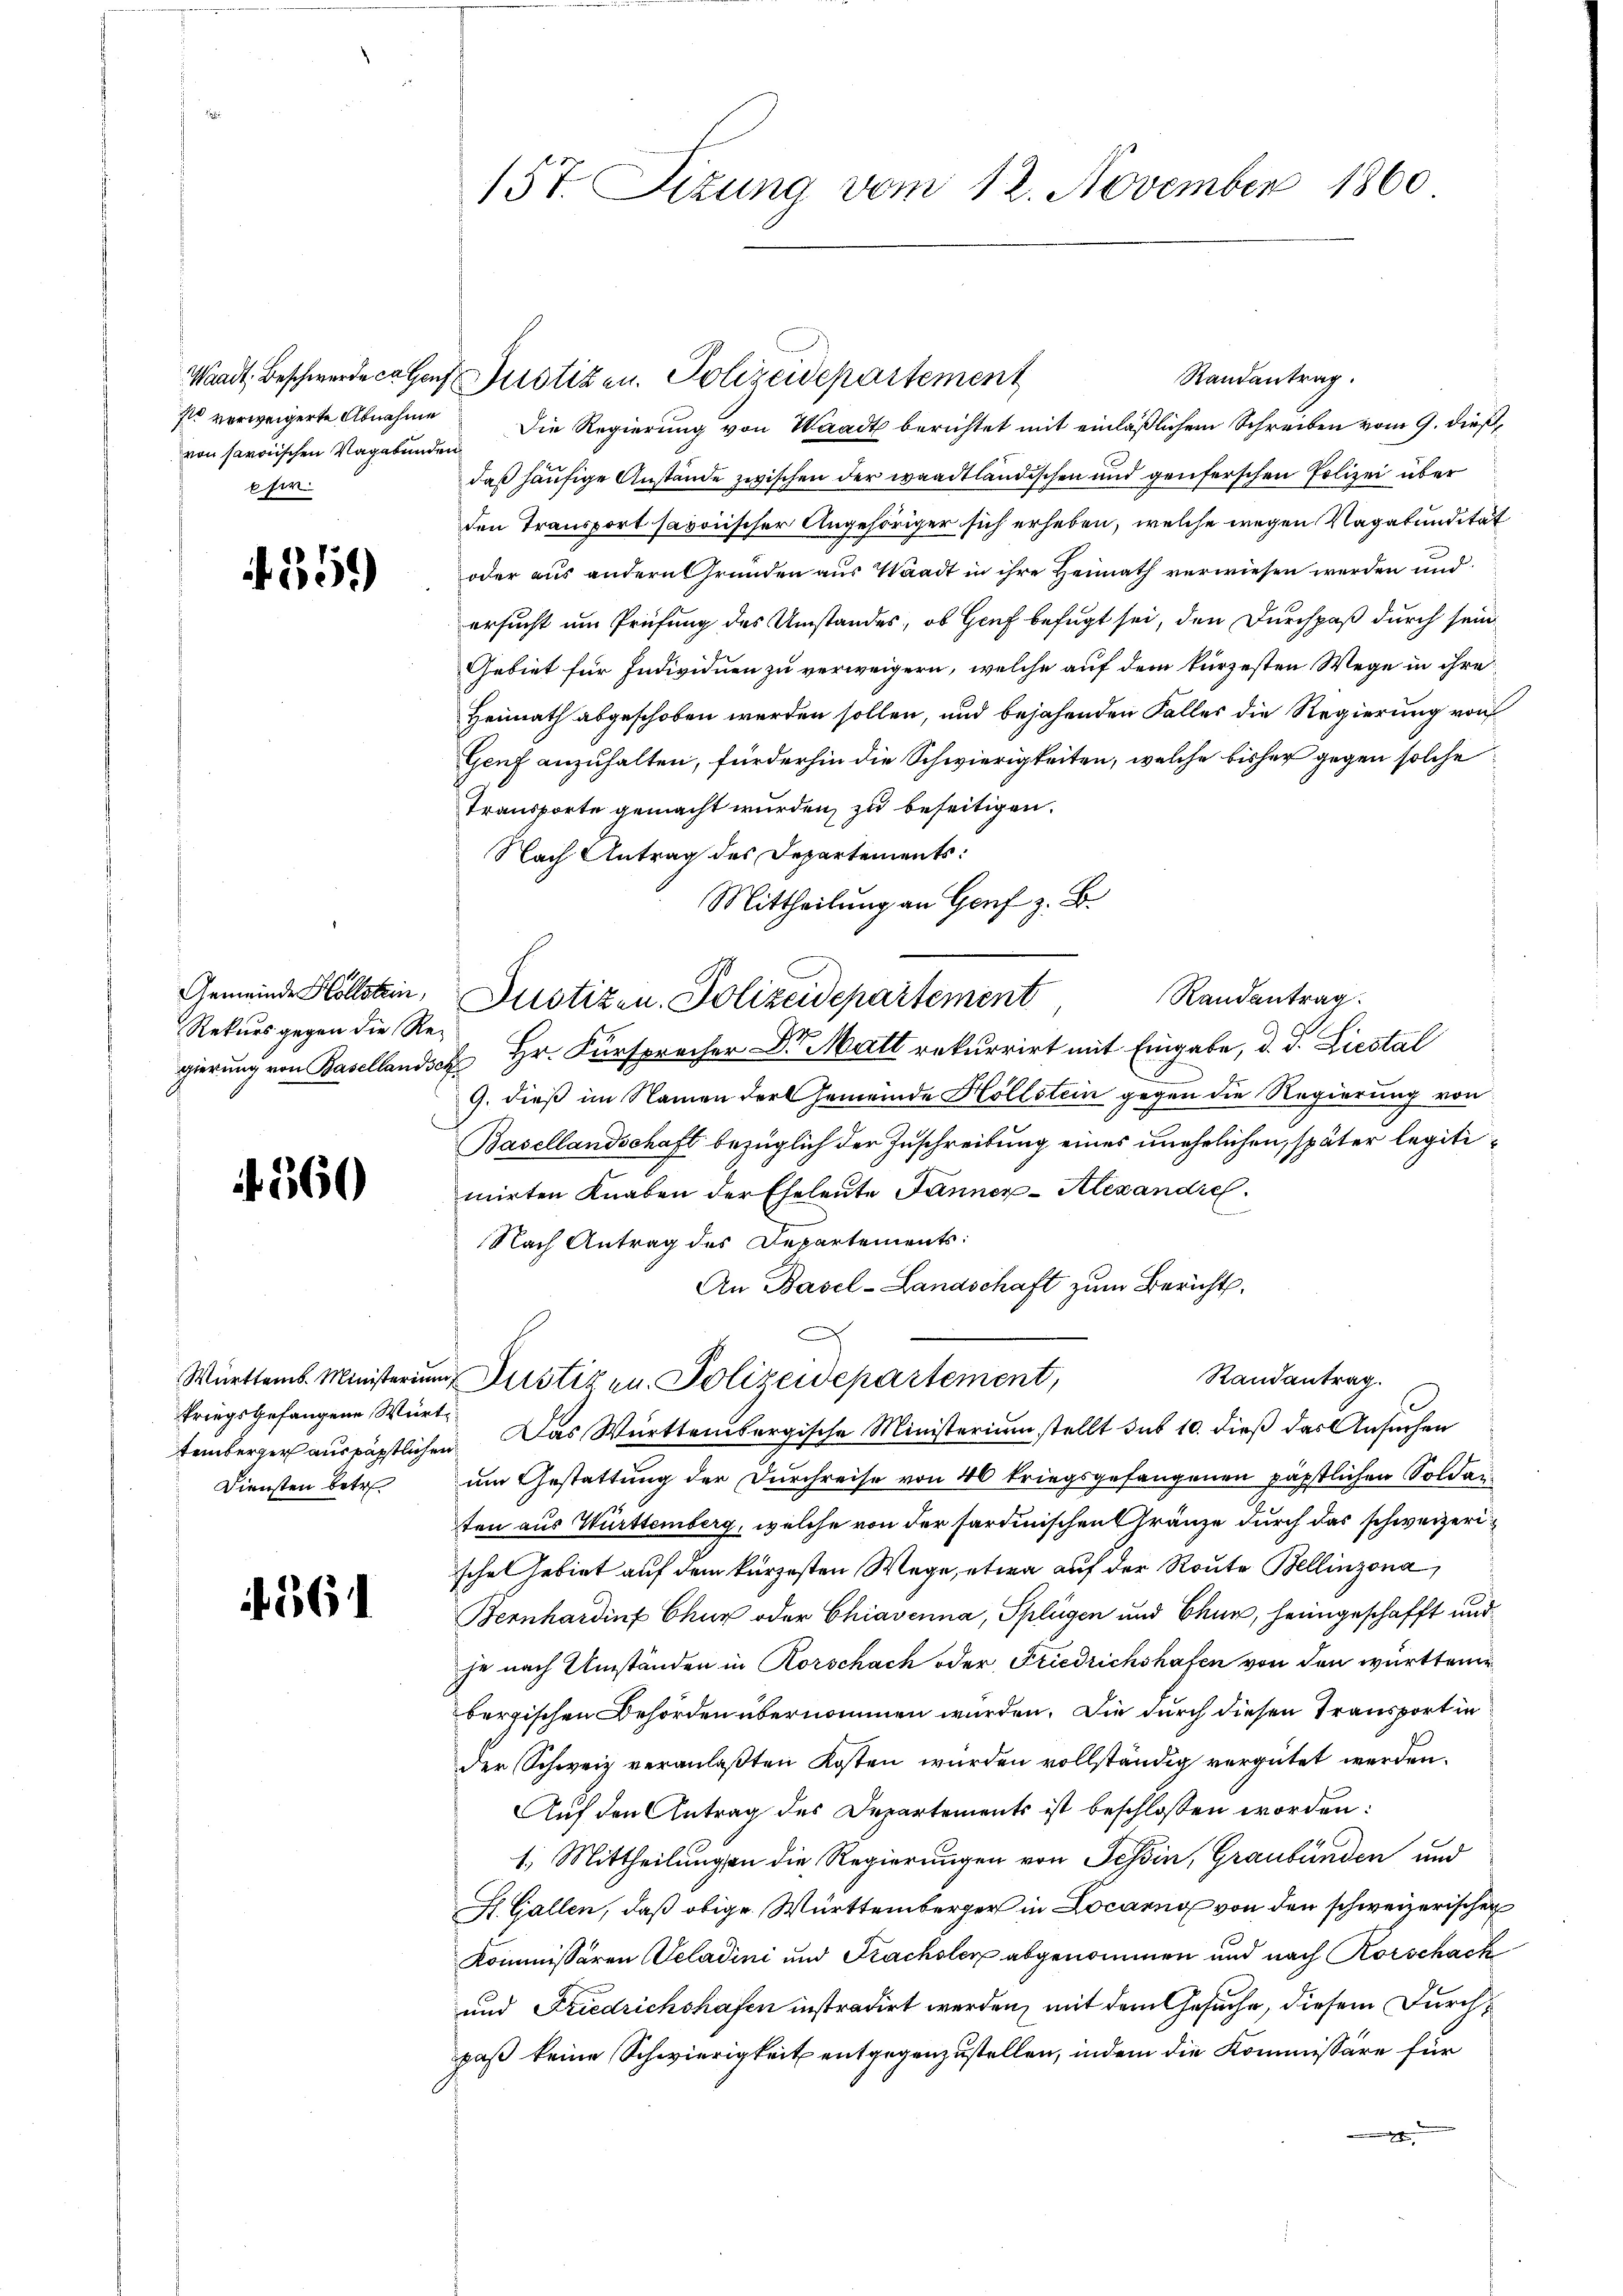
Waadt, Beschwerde ca Genz
so verweigerte Abnahme
von savoischen Vagabunde
fir

359)

Gemeinde Hollstein,
Rekurs gegen die Regierung von Basellands¬

f. 560

if. 1611

Württemb. Ministerium
kriegsgefangene Würt
Diensten betr.

15t. Sizung vom 12. November 1860

Randantrag.
 Justizen. Polizeidepartement
Die Regierung von Waadt berichtet mit einläßlichem Schreiben vom 9. dieß,
daß häufige Anstände zwischen der waadtländischen und genferschen Polizei über
den Transport savonischer Angehöriger sich erheben, welche wegen Vagabunditat
oder aus andern Grunden aus Waadt in ihre Heimath verwiesen werden und
ersucht um Prüfung des Umstandes, ob Genf befugt sei, den Durchpaß durch sein
Gebiet für Individuen zu verweigern, welche auf dem kürzesten Wege in ihre
Heimath abgeschoben werden sollen, und bejahenden Falles die Regierung von
Genf anzuhalten, fürderhin die Schwierigkeiten, welche bisher gegen solche
Transporte gemacht wurden, zu beseitigen.
Nach Antrag des Departements:
Mittheilung an Genf z. B.
Randantrag.
Justizen. Polizeidepartement
d Hr. Fürsprocher Dr. Matt rekurrirt mit Eingabe, d. J. Liestal
9. dieß im Namen der Gemeinde Hollstein gegen die Regierung von
Basellandschaft bezüglich der Zuschreibung eines unehelichen, später legitimirten Knaben der Eheleute Jänner-Alexandrich
Nach Antrag des Departements:
An Basel-Landschaft zum Bericht,
Randantrag.
u Justizen. Polizeidepartement,
temberger aus päpstlichen. Das Württembergische Ministerium stellt das 10. dieß das Ansuchen
um Gestattung der Durchreise von 40 kriegsgefangenen päpstlichen Soldaten aus Württemberg, welche von der sardinischen Gränze durch das schweizeri
sche Gebiet auf dem kürzesten Wege, etwa auf der Route Bellinzona,
Bernhardinf Chur oder Chiavenna, Splügen und Chur, heimgeschafft und
he nach Umständen in Rorschach oder Friedrichshafen von den württem
bergischen Behörden übernommen würden. Die durch diesen Transport in
der Schweiz veranlaßten Kosten wurden vollständig vergütet werden.
Auf den Antrag des Departements ist beschlossen worden:
1. Mittheilungen die Regierungen von Schin, Graubünden und
St. Gallen, daß obige Württemberger in Locarno von den schweizerischen
Kommissären Scladini und Frachsler abgenommen und nach Rorschack
und Friedrichshafen instradirt werden, mit dem Gesuche, diesem Durchpaß keine Schwierigkeit entgegenzustellen, indem die Kommissäre für